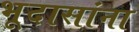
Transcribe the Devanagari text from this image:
भूदासांना